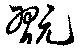
翫